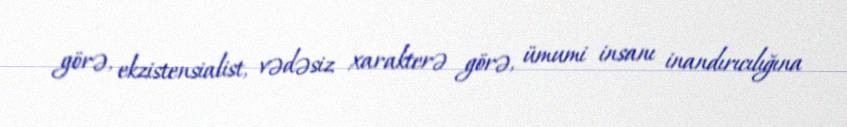
görə, ekzistensialist, vədəsiz xarakterə görə, ümumi insanı inandırıcılığına